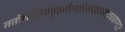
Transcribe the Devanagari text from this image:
ततोयज्ञियवृक्षोत्थांशाखामादायवाग्यतः